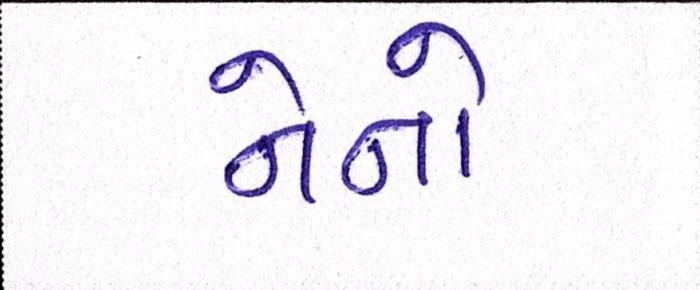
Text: નેનો